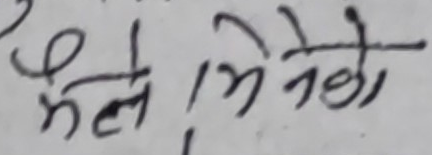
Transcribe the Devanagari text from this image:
मैले भिनेको